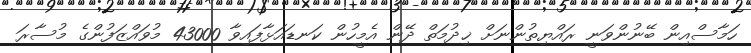
ހަމާސްއިން ބޭނުންވަނީ ރައްޔިތުންނަށް ޚިދުމަތް ދޭން އެމީހުން ކަނޑައަޅާފައިވާ 43000 މުވައްޒަފުންގެ މުސާރަ